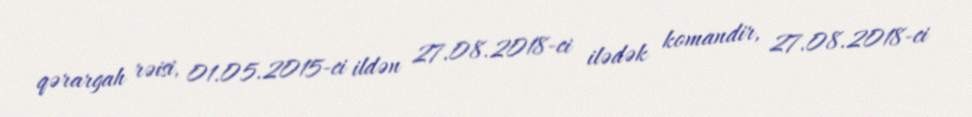
qərargah rəisi, 01.05.2015-ci ildən 27.08.2018-ci ilədək komandir, 27.08.2018-ci